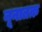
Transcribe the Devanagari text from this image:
नूनातक़